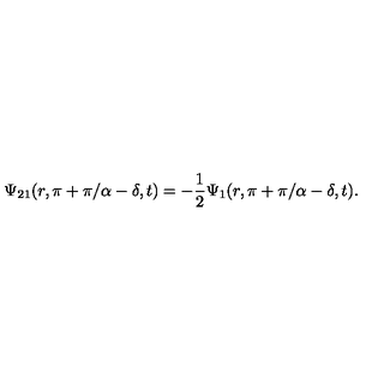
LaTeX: \Psi _ { 2 1 } ( r , \pi + \pi / \alpha - \delta , t ) = - { \frac { 1 } { 2 } } \Psi _ { 1 } ( r , \pi + \pi / \alpha - \delta , t ) .